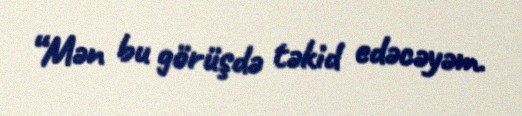
“Mən bu görüşdə təkid edəcəyəm.